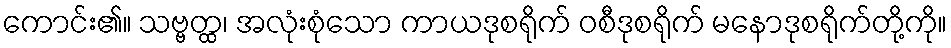
ကောင်း၏။ သဗ္ဗတ္ထ၊ အလုံးစုံသော ကာယဒုစရိုက် ဝစီဒုစရိုက် မနောဒုစရိုက်တို့ကို။